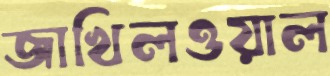
জাখিলওয়াল